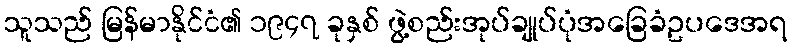
သူသည် မြန်မာနိုင်ငံ၏ ၁၉၄၇ ခုနှစ် ဖွဲ့စည်းအုပ်ချုပ်ပုံအခြေခံဥပဒေအရ